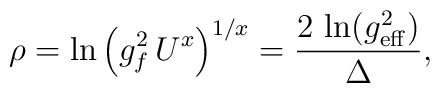
\rho=\ln \left( g^2_f \, U^{x}\right)^{1/x}={2\, \ln(g^2_{\rm eff}) \over \Delta},